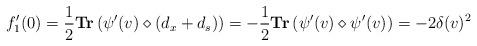
LaTeX: \begin{align*} f_1^{\prime}(0)= \frac{1}{2} \textbf{Tr}\left(\psi^{\prime}(v) \diamond (d_x+d_s)\right)= -\frac{1}{2} \textbf{Tr}\left(\psi^{\prime}(v) \diamond \psi^{\prime}(v)\right)= - 2 \delta(v)^2\end{align*}